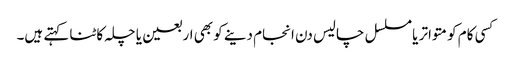
کسی کام کو متواتر یا مسلسل چالیس دن انجام دینے کو بھی اربعین یا چلہ کاٹنا کہتے ہیں۔